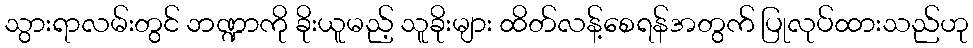
သွားရာလမ်းတွင် ဘဏ္ဍာကို ခိုးယူမည့် သူခိုးများ ထိတ်လန့်စေရန်အတွက် ပြုလုပ်ထားသည်ဟု